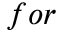
f o r